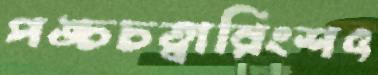
পঙ্চচত্বারিংশৎ